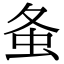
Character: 𧈸